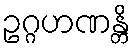
ဥဂ္ဂဟဏန္တိ